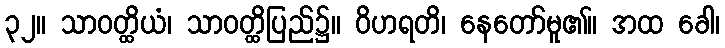
၃၂။ သာဝတ္ထိယံ၊ သာဝတ္ထိပြည်၌။ ဝိဟရတိ၊ နေတော်မူ၏။ အထ ခေါ၊